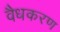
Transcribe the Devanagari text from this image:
वैधकरण